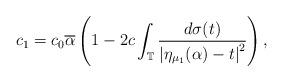
LaTeX: \begin{align*}c_{1}=c_{0}\overline{\alpha}\left(1-2c\int_{\mathbb{T}}\frac{d\sigma(t)}{\left|\eta_{\mu_{1}}(\alpha)-t\right|^{2}}\right),\end{align*}